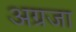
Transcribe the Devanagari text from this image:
अग्रजा